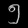
Digit: ၅